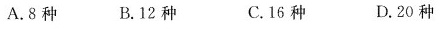
A.8种 B.12种 C.16种 D.20种